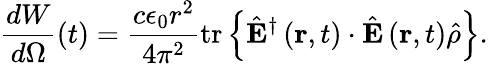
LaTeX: \frac{dW}{d\Omega}\left(t\right)=\frac{c\epsilon_{0}r^{2}}{4\pi^{2}}\mathrm{tr}\left\{ \hat{\mathbf{E}}^{\dagger}\left(\mathbf{r},t\right)\cdot\hat{\mathbf{E}}\left(\mathbf{r},t\right)\hat{\rho}\right\} .